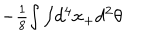
- \textstyle { \frac { 1 } { 8 } } { \int \int } d ^ { 4 } x _ { + } d ^ { 2 } \theta ~